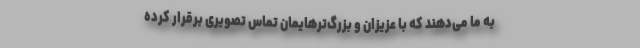
به ما می‌دهند که با عزیزان و بزرگ‌ترهایمان تماس تصویری برقرار کرده